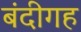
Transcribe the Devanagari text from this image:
बंदीगह